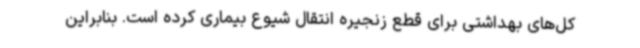
کل‌های بهداشتی برای قطع زنجیره انتقال شیوع بیماری کرده است. بنابراین